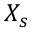
X _ { s }